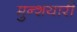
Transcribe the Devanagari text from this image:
मुन्शयारी